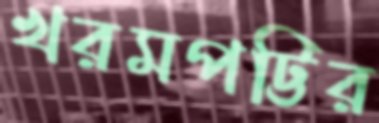
খরমপট্টির